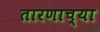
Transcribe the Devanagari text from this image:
तारणाच्या